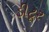
ડીટૂર